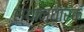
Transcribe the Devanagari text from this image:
स्थानधारक